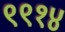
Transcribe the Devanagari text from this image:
९९१४